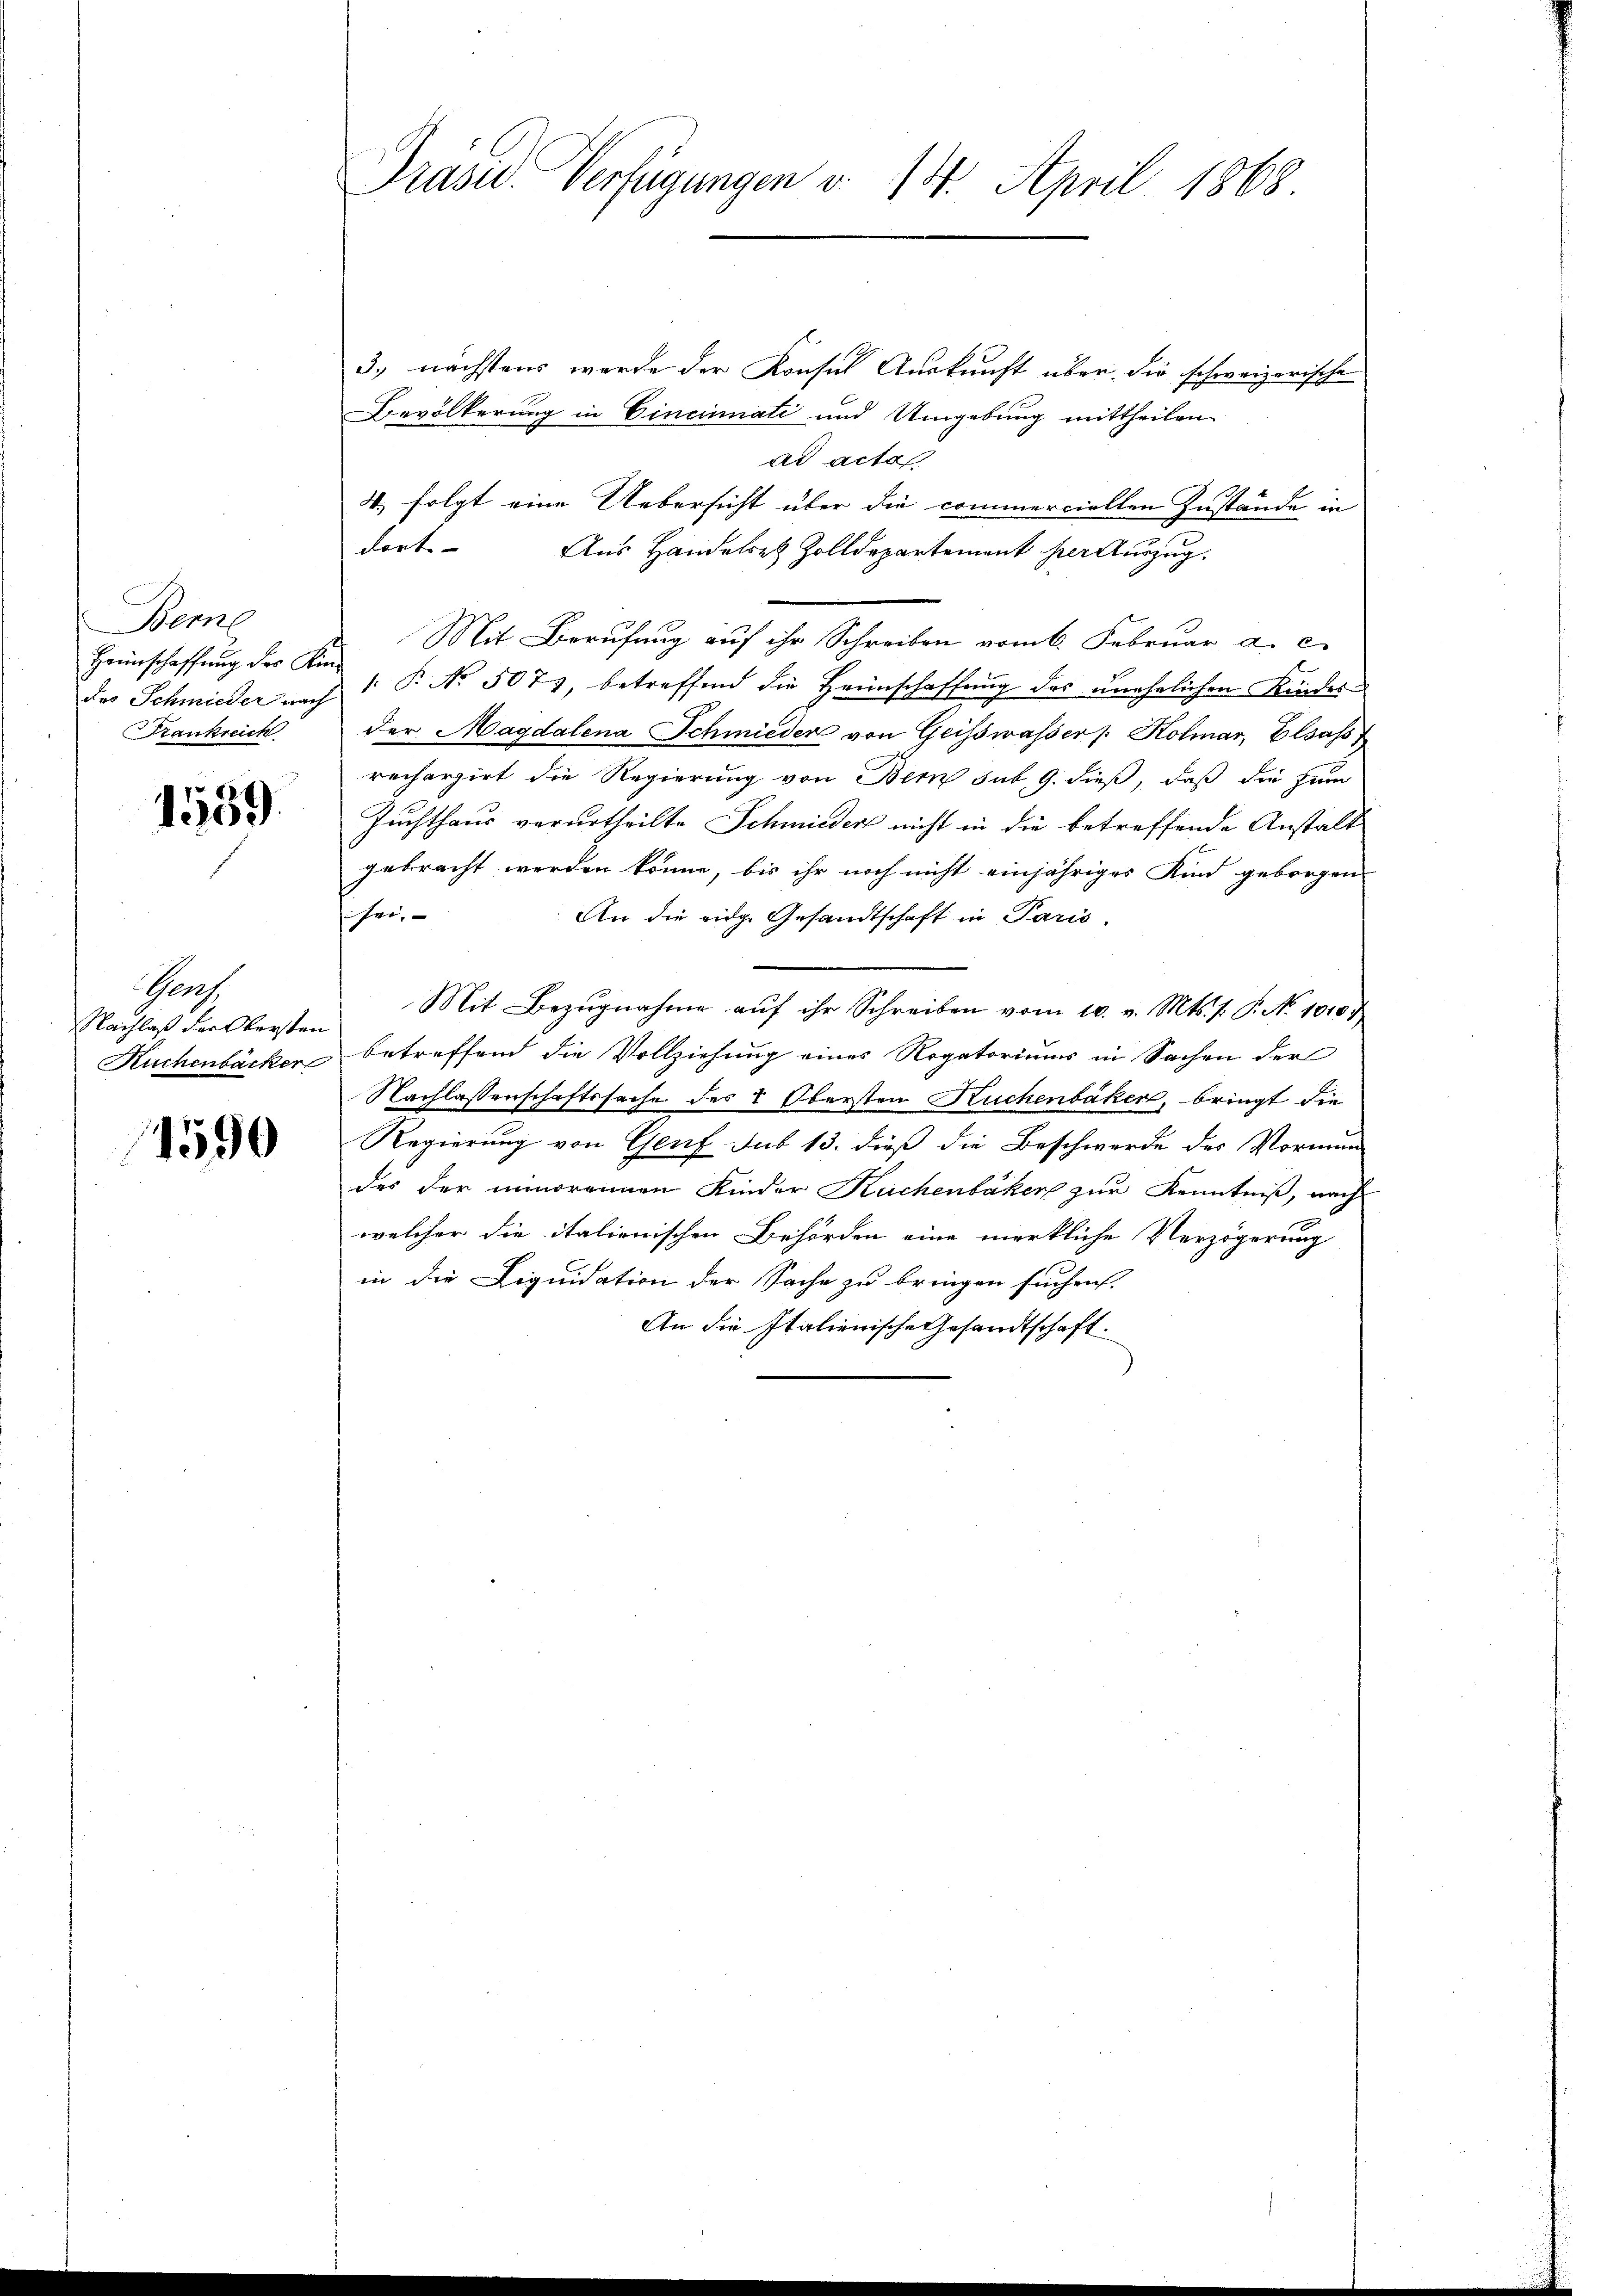
Berne
Heimschaffung des Kin
Frankreich

1559.

Graf
Nachlaß der Obersten

1590

Präses Verfügungen v. 14. April 1868

3. nächstens werde der Konsul Auskunft über die schweizerische
Bevölkerung in Cincinati und Umgebung mittheilen
ad acta.
4. folgt eine Uebersicht über die commerciellen Zustände in
dort.
Aus Handelst Zolldepartement per Auszug.
Mit Berufung auf ihr Schreiben vom 6. Februar a. c.
f
des Schmieder nach 1 P. No. 507), betreffend die Heimschaffung des unehelichen Kindesder Magdalena Schmieder von Geisswasser Kolmar, Elsass
rechergirt die Regierung von Bern sub. 9. dieß, daß die zum
Zuchthaus verurtheilte Schmieder nicht in die betreffende Anstalt
gebracht werden könne, bis ihr noch nicht einjähriges Kind geborgen
fei.
An die eidg. Gesandtschaft in Paris.
Mit Bezugnahme auf ihr Schreiben vom 10. v. Mts. f. P. No 10103
Kuchenbäcker betreffend die Vollziehung eines Regatoriums in Sachen der
Nachlassenschaftssache des & Obersten Kuchenbaker, bringt die
Regierung von Genf sub 13. dieß die Beschwerde des Vormun
des der minorennen Kinder Kuchenbakers zur Kenntniß, nach
welcher die italienischen Behörden eine merkliche Verzögerung
in die Liquidation der Sache zu bringen suchen.
An die Italienische Gesandtschaft.